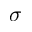
\sigma